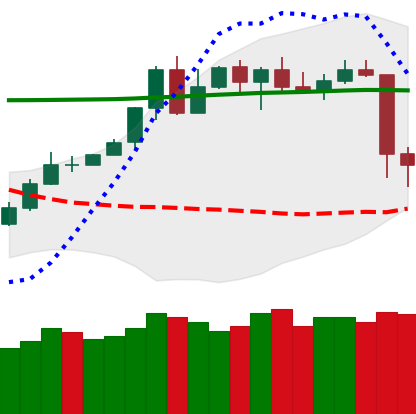
Ticker: TRX-USD
Chart end date: 2020-05-11
Forward return: 6.704%
Label: up_5_7